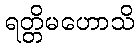
ရတ္တိမဟောသိ